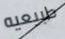
طبيعيه